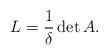
LaTeX: \begin{align*}L=\frac{1}{\delta} \det A.\end{align*}